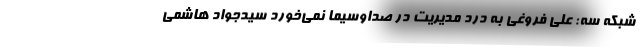
شبکه سه: علی فروغی به درد مدیریت در صداوسیما نمی‌خورد سیدجواد هاشمی